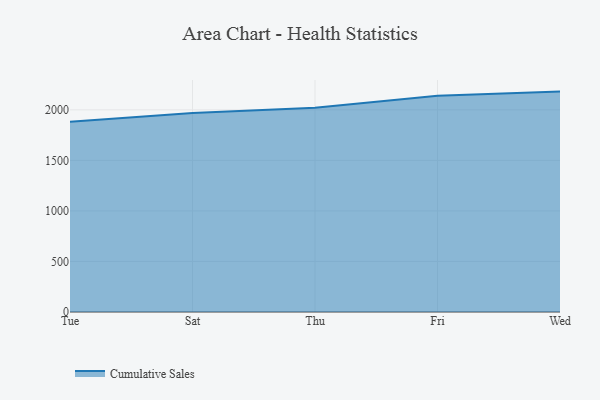
{"axis": {"x": "Day", "y": "Temperature (°C)"}, "legend": ["Cumulative Sales"], "data": [{"x": "Tue", "y": 1882.1, "type": "Cumulative Sales"}, {"x": "Sat", "y": 1968.1, "type": "Cumulative Sales"}, {"x": "Thu", "y": 2021.1, "type": "Cumulative Sales"}, {"x": "Fri", "y": 2138.9, "type": "Cumulative Sales"}, {"x": "Wed", "y": 2180.4, "type": "Cumulative Sales"}]}